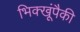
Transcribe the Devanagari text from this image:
भिक्खूंपैकी